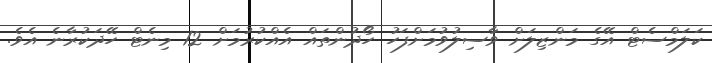
ކަލަމްސެޓް އޭގެ މަންޒިލަށް ވާސިލުވުމަށްފަހު ހޯދުންތައް އެއްކުރުމަށް 12 މިނެޓް ހޭދަކުރާނެ އެވެ.